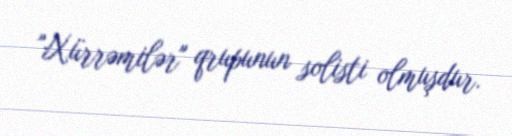
"Xürrəmilər" qrupunun solisti olmuşdur.